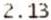
2.13